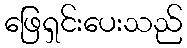
ဖြေရှင်းပေးသည်